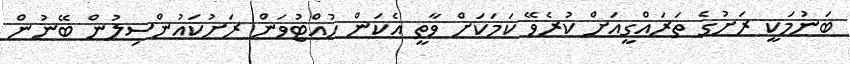
ބަނުމަކީ ރަށުގެ ތަރައްގީއަށް ކުރެވޭ ކަމަކަށް ވާތީ އެކަން ހުއްޓުވަން ރަށުކައުންސިލުން ބޭނުން